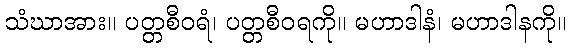
သံဃာအား။ ပတ္တစီဝရံ၊ ပတ္တစီဝရကို။ မဟာဒါနံ၊ မဟာဒါနကို။